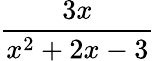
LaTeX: \frac{3x}{x^{2}+2x-3}